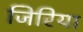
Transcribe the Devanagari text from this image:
जिरिया